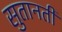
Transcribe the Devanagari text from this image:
सुतानती